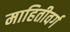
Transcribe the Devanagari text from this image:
माहितीवर्ग